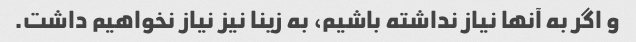
و اگر به آنها نیاز نداشته باشیم، به زینا نیز نیاز نخواهیم داشت.